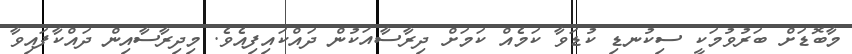
މާބޮޑަށް ބަރުވުމަކީ ސިކުނޑި ކުޑަވާ ކަމެއް ކަމަށް ދިރާސާއަކުން ދައްކައިފިއެވެ. މިިދިރާސާއިން ދައްކާފައިވާ